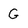
Character: G